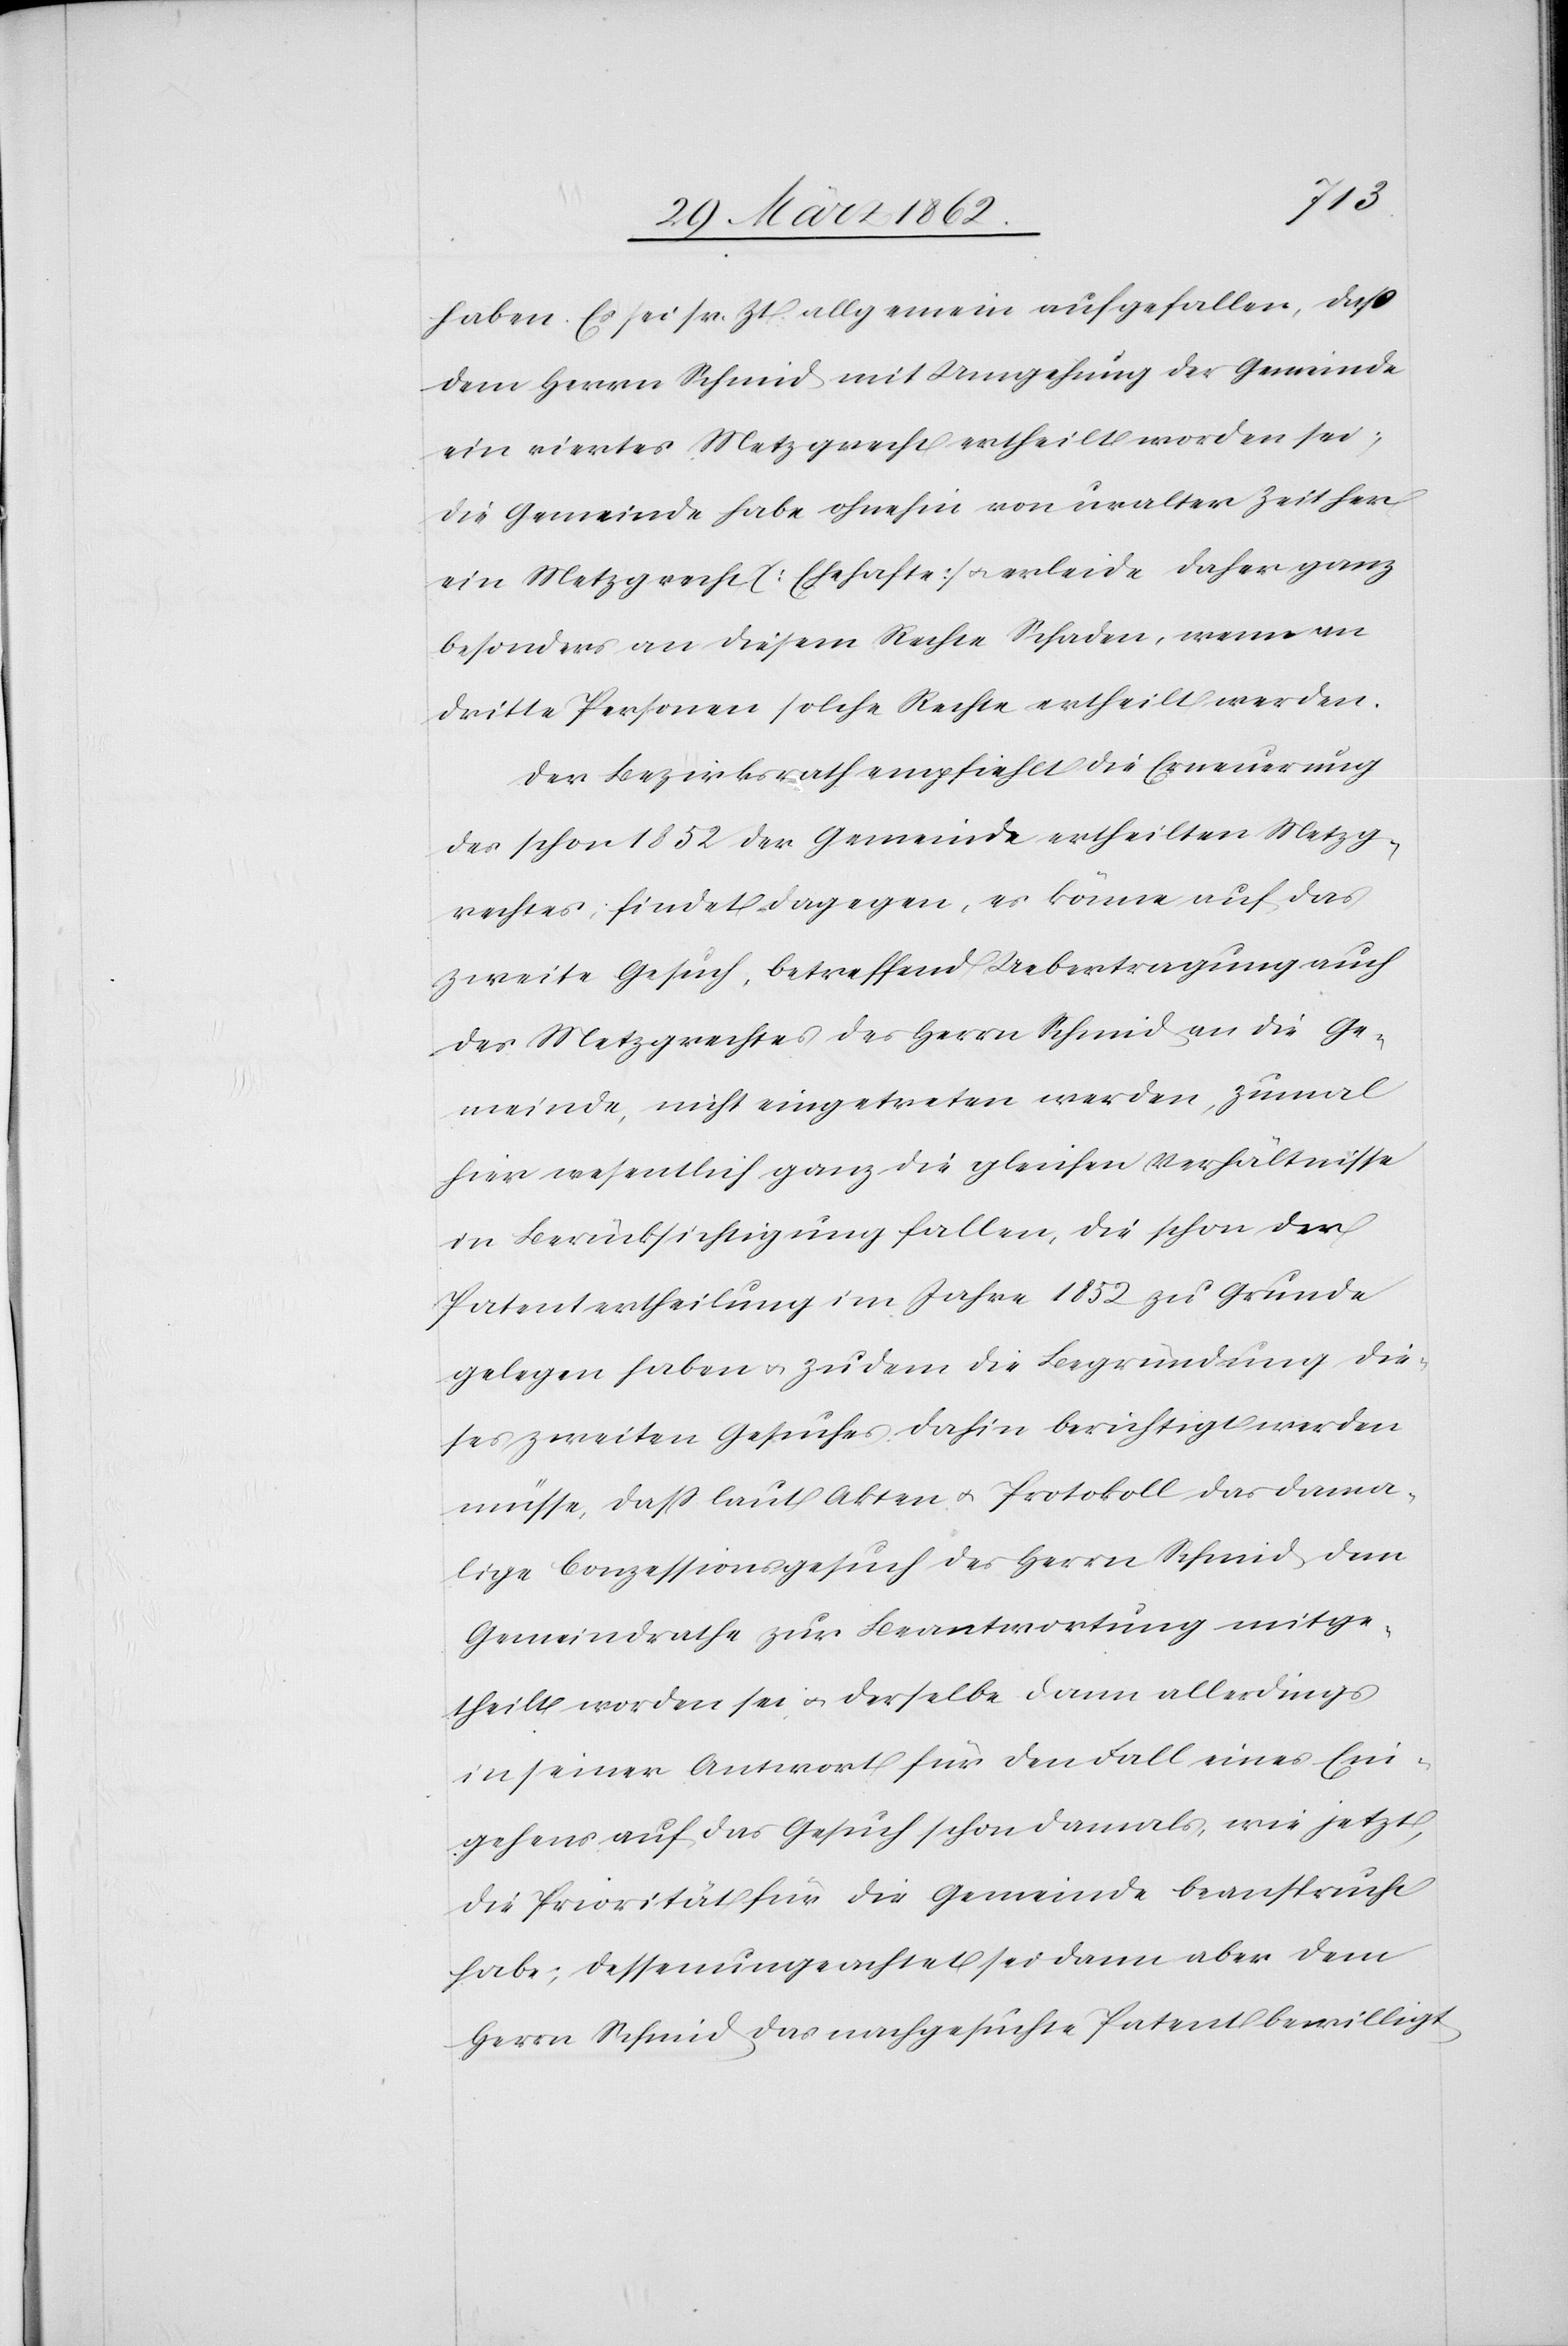
haben. Es sei sr. Zt. allgemein aufgefallen, daß
dem Herrn Schmid mit Umgehung der Gemeinde
ein viertes Metzgrecht ertheilt worden sei;
die Gemeinde habe ohnehin von uralter Zeit her
ein Metzgrecht [Ehehafte] u. erleide daher ganz
besonders an diesem Rechte Schaden, wenn an
dritte Personen solche Rechte ertheilt werden.
Der Bezirksrath empfiehlt die Erneuerung
des schon 1852 der Gemeinde ertheilten Metzg¬
rechtes; findet dagegen, es könne auf das
zweite Gesuch, betreffend Uebertragung auch
des Metzgrechtes des Herrn Schmid an die Ge¬
meinde, nicht eingetreten werden, zumal
in Berücksichtigung fallen, die schon der
Patentertheilung im Jahre 1852 zu Grunde
gelegen haben u. zudem die Begründung die¬
ses zweiten Gesuches dahin berichtigt werden
müsse, daß laut Akten u. Protokoll das dama¬
lige Conzessionsgesuch des Herrn Schmid dem
Gemeindrath zur Beantwortung mitge¬
theilt worden sei u. derselbe dann allerdings
in seiner Antwort für den Fall eines Ein¬
gehens auf das Gesuch schon damals, wie jetzt,
die Priorität für die Gemeinde beansprucht
habe; dessenungeachtet sei dann aber dem
Herrn Schmid das nachgesuchte Patent bewilligt